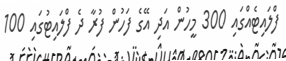
ފްލައިޓެއްގައި 300 މީހުން އަދި އޭގެ ފަހުން ފުރާ ދެ ފްލައިޓުގައި 100